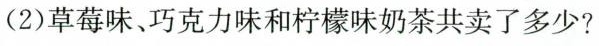
(2)草莓味、巧克力味和柠檬味奶茶共卖了多少?